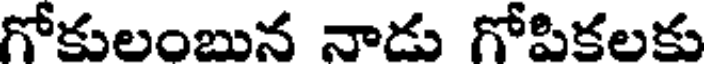
గోకులంబున నాడు గోపికలకు